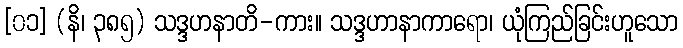
[၀၁] (နိ၊ ၃၈၅) သဒ္ဒဟနာတိ-ကား။ သဒ္ဒဟာနာကာရော၊ ယုံကြည်ခြင်းဟူသော